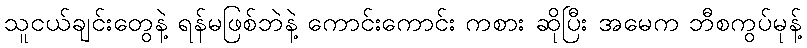
သူငယ်ချင်းတွေနဲ့ ရန်မဖြစ်ဘဲနဲ့ ကောင်းကောင်း ကစား ဆိုပြီး အမေက ဘီစကွပ်မုန့်